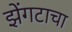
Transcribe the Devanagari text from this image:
झेंगटाचा